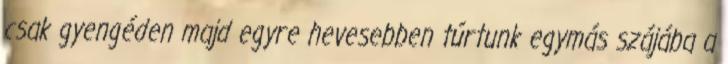
csak gyengéden majd egyre hevesebben túrtunk egymás szájába a